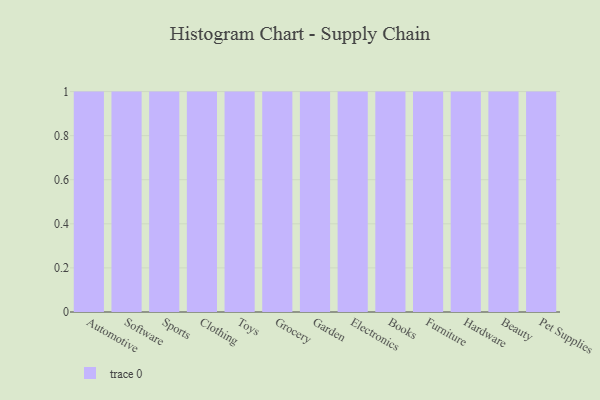
{"axis": {"x": "Category", "y": "Waste Production (Tons)"}, "legend": [""], "data": [{"x": "Automotive", "y": 88, "type": ""}, {"x": "Software", "y": 5, "type": ""}, {"x": "Sports", "y": 79, "type": ""}, {"x": "Clothing", "y": 48, "type": ""}, {"x": "Toys", "y": 9, "type": ""}, {"x": "Grocery", "y": 95, "type": ""}, {"x": "Garden", "y": 17, "type": ""}, {"x": "Electronics", "y": 91, "type": ""}, {"x": "Books", "y": 44, "type": ""}, {"x": "Furniture", "y": 13, "type": ""}, {"x": "Hardware", "y": 74, "type": ""}, {"x": "Beauty", "y": 93, "type": ""}, {"x": "Pet Supplies", "y": 100, "type": ""}]}